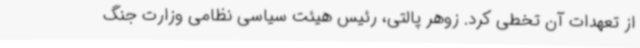
از تعهدات آن تخطی کرد. زوهر پالتی، رئیس هیئت سیاسی نظامی وزارت جنگ